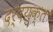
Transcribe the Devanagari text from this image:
दर्दयुक्त